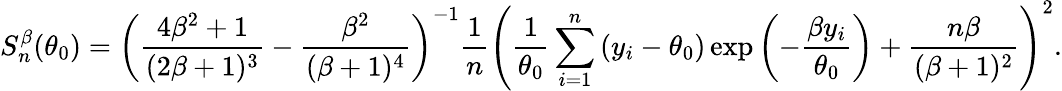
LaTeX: S_{n}^{\beta}(\theta_{0})=\left(\frac{4\beta^{2}+1}{(2\beta+1)^{3}}-\frac{\beta^{2}}{(\beta+1)^{4}}\right)^{-1}\frac{1}{n}\left(\frac{1}{\theta_{0}}\sum_{i=1}^{n}\left(y_{i}-\theta_{0}\right)\exp\left(-\frac{\beta y_{i}}{\theta_{0}}\right)+\frac{n\beta}{(\beta+1)^{2}}\right)^{2}.